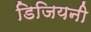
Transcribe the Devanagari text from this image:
डिजियनी